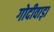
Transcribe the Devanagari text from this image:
गोदीवाड़ा